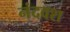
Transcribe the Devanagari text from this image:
नंदवश